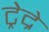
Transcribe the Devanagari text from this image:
ट्रेद्रे